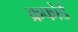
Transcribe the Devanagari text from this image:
क्रफोर्ड